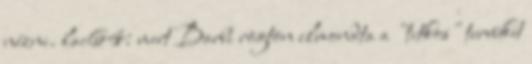
nézni. lac64: mert Barbi rögtön elmondta a "titkos" tervüket